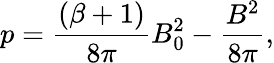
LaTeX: p=\frac{(\beta+1)}{8\pi}B_{0}^{2}-\frac{B^{2}}{8\pi},